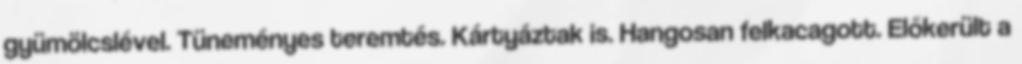
gyümölcslével. Tüneményes teremtés. Kártyáztak is. Hangosan felkacagott. Előkerült a